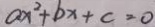
a x ^ { 2 } + b x + c = 0